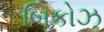
બિકોઝ